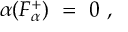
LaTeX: \alpha ( F _ { \alpha } ^ { + } ) ~ = ~ 0 ~ ,